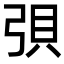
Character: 𫸳